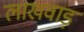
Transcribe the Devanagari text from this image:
लाखवाड़